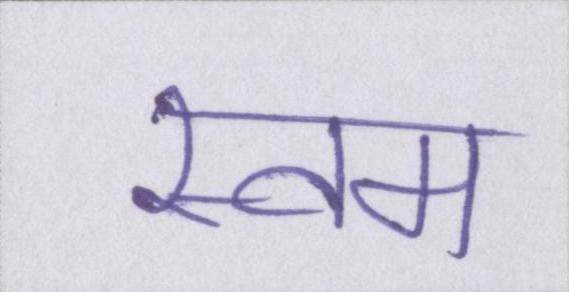
स्वम